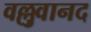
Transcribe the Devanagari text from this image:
वल्लुवानद